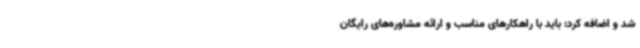
شد و اضافه کرد: باید با راهکارهای مناسب و ارائه مشاوره‌های رایگان